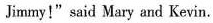
Jimmy!" said Mary and Kevin.